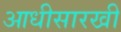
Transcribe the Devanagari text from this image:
आधीसारखी